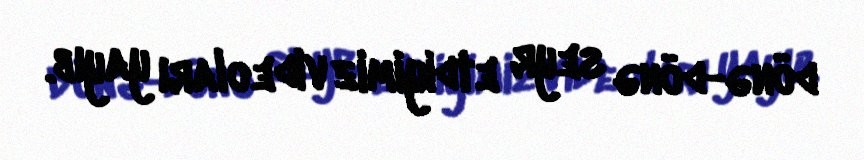
dönə-dönə seyr etdiyimiz videoları yayıb.